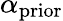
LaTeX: \alpha_{\mathrm{prior}}